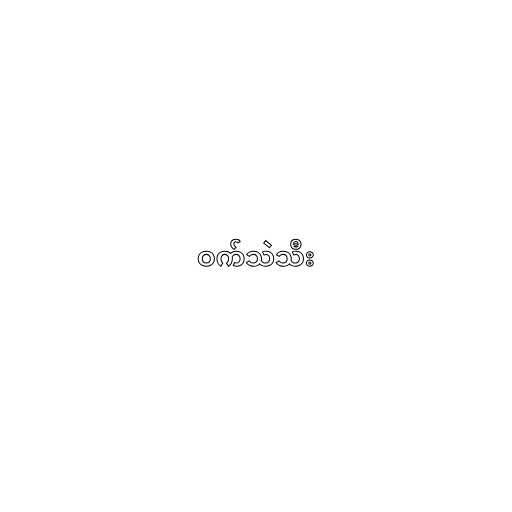
ဝက်သဲသီး